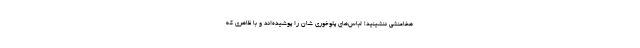
هخامنشی ننشینید! لباس‌های پلوخوری ‌شان را پوشیده‌اند و با ظاهری که